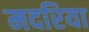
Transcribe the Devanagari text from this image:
मदरिया